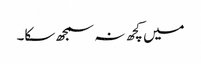
میں کچھ نہ سمجھ سکا۔